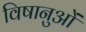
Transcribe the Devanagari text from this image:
विषानुओं